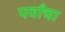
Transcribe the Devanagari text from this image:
पर्वांचा